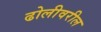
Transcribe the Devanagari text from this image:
ढोलीवरील